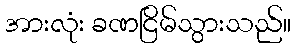
အားလုံး ခဏငြိမ်သွားသည်။